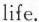
life.